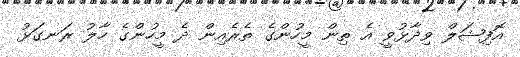
އޮފިޝަލް ވިދާޅުވީ އެ ތިން މީހުންގެ ތެރެއިން ދެ މީހުންގެ ހާލު ރަނގަޅު